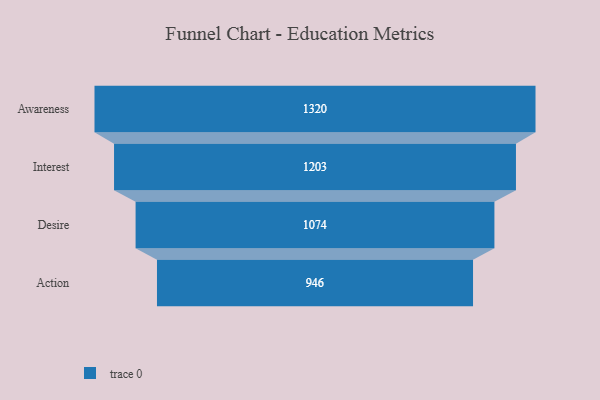
{"axis": {"x": "Stage", "y": "Value"}, "legend": [""], "data": [{"x": "Awareness", "y": 1320.0, "type": ""}, {"x": "Interest", "y": 1203.0, "type": ""}, {"x": "Desire", "y": 1074.0, "type": ""}, {"x": "Action", "y": 946.0, "type": ""}]}